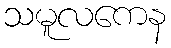
သမူလကေန